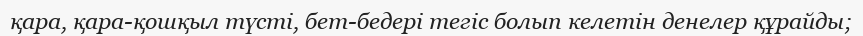
қара, қара-қошқыл түсті, бет-бедері тегіс болып келетін денелер құрайды;